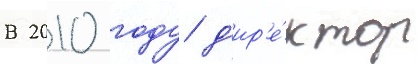
В 2010 году д'ир'е́ктор